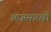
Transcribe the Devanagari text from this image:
आजसारखी